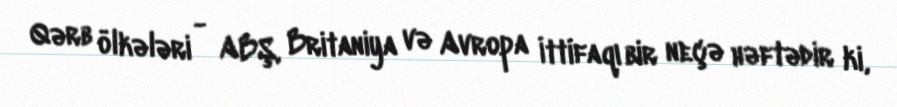
Qərb ölkələri - ABŞ, Britaniya və Avropa İttifaqı bir neçə həftədir ki,